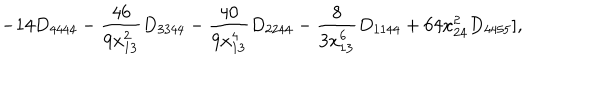
LaTeX: - 1 4 D _ { 4 4 4 4 } - \frac { 4 6 } { 9 x _ { 1 3 } ^ { 2 } } D _ { 3 3 4 4 } - \frac { 4 0 } { 9 x _ { 1 3 } ^ { 4 } } D _ { 2 2 4 4 } - \frac { 8 } { 3 x _ { 1 3 } ^ { 6 } } D _ { 1 1 4 4 } + 6 4 x _ { 2 4 } ^ { 2 } D _ { 4 4 5 5 } ] ,